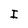
Character: I